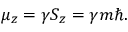
\mu _ { z } = \gamma S _ { z } = \gamma m \hbar .